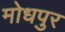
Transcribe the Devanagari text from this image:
मोधपुर